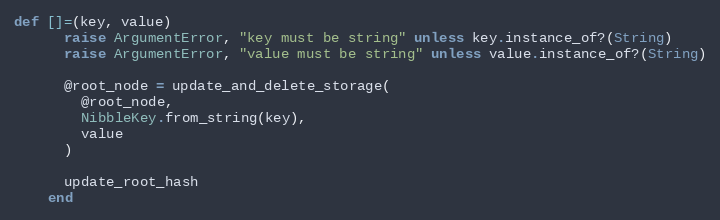
Language: Ruby
def []=(key, value)
      raise ArgumentError, "key must be string" unless key.instance_of?(String)
      raise ArgumentError, "value must be string" unless value.instance_of?(String)

      @root_node = update_and_delete_storage(
        @root_node,
        NibbleKey.from_string(key),
        value
      )

      update_root_hash
    end